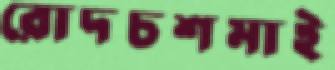
রোদচশমাই